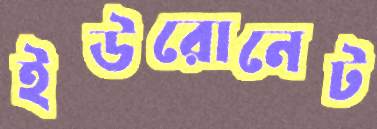
ইউরোনেট